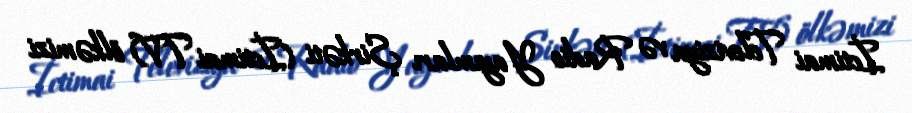
İctimai Televiziya və Radio Yayımları Şirkəti (İctimai TV) ölkəmizi